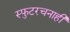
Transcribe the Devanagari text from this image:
स्फुटरचनाही